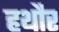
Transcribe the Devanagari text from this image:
हथौर